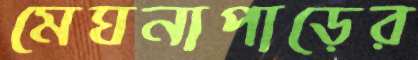
মেঘনাপাড়ের